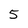
Character: 5